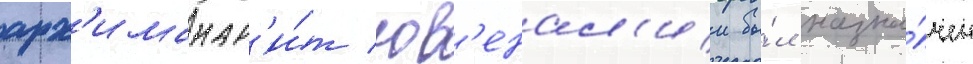
арх'имандр'и́т юв'енал'ии бы́л назна́чен